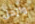
وارحل